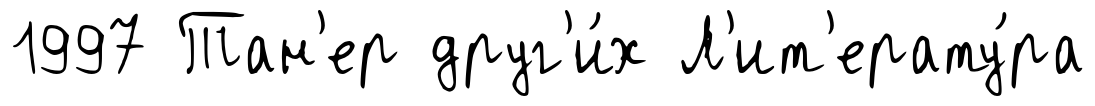
1997 Тан'ер друг'и́х Л'ит'ерату́ра